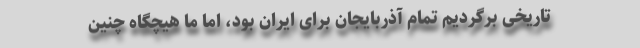
تاریخی برگردیم تمام آذربایجان برای ایران بود، اما ما هیچگاه چنین